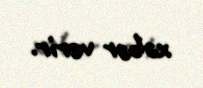
xəbər verir.